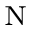
_ \mathrm { N }